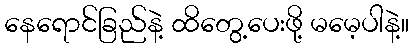
နေရောင်ခြည်နဲ့ ထိတွေ့ပေးဖို့ မမေ့ပါနဲ့။